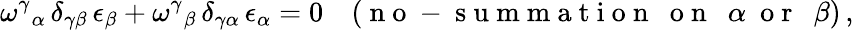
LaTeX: \omega^{\gamma}{}_{\alpha}\, \delta_{\gamma\beta}\, \epsilon_{\beta}+\omega^{\gamma}{}_{\beta}\, \delta_{\gamma\alpha}\, \epsilon_{\alpha}=0\quad(\mathrm{~n~o~-~s~u~m~m~a~t~i~o~n~~~o~n~~~}\alpha~\mathrm{~o~r~~~}\beta)\, ,